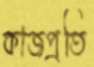
কাজপ্রতি